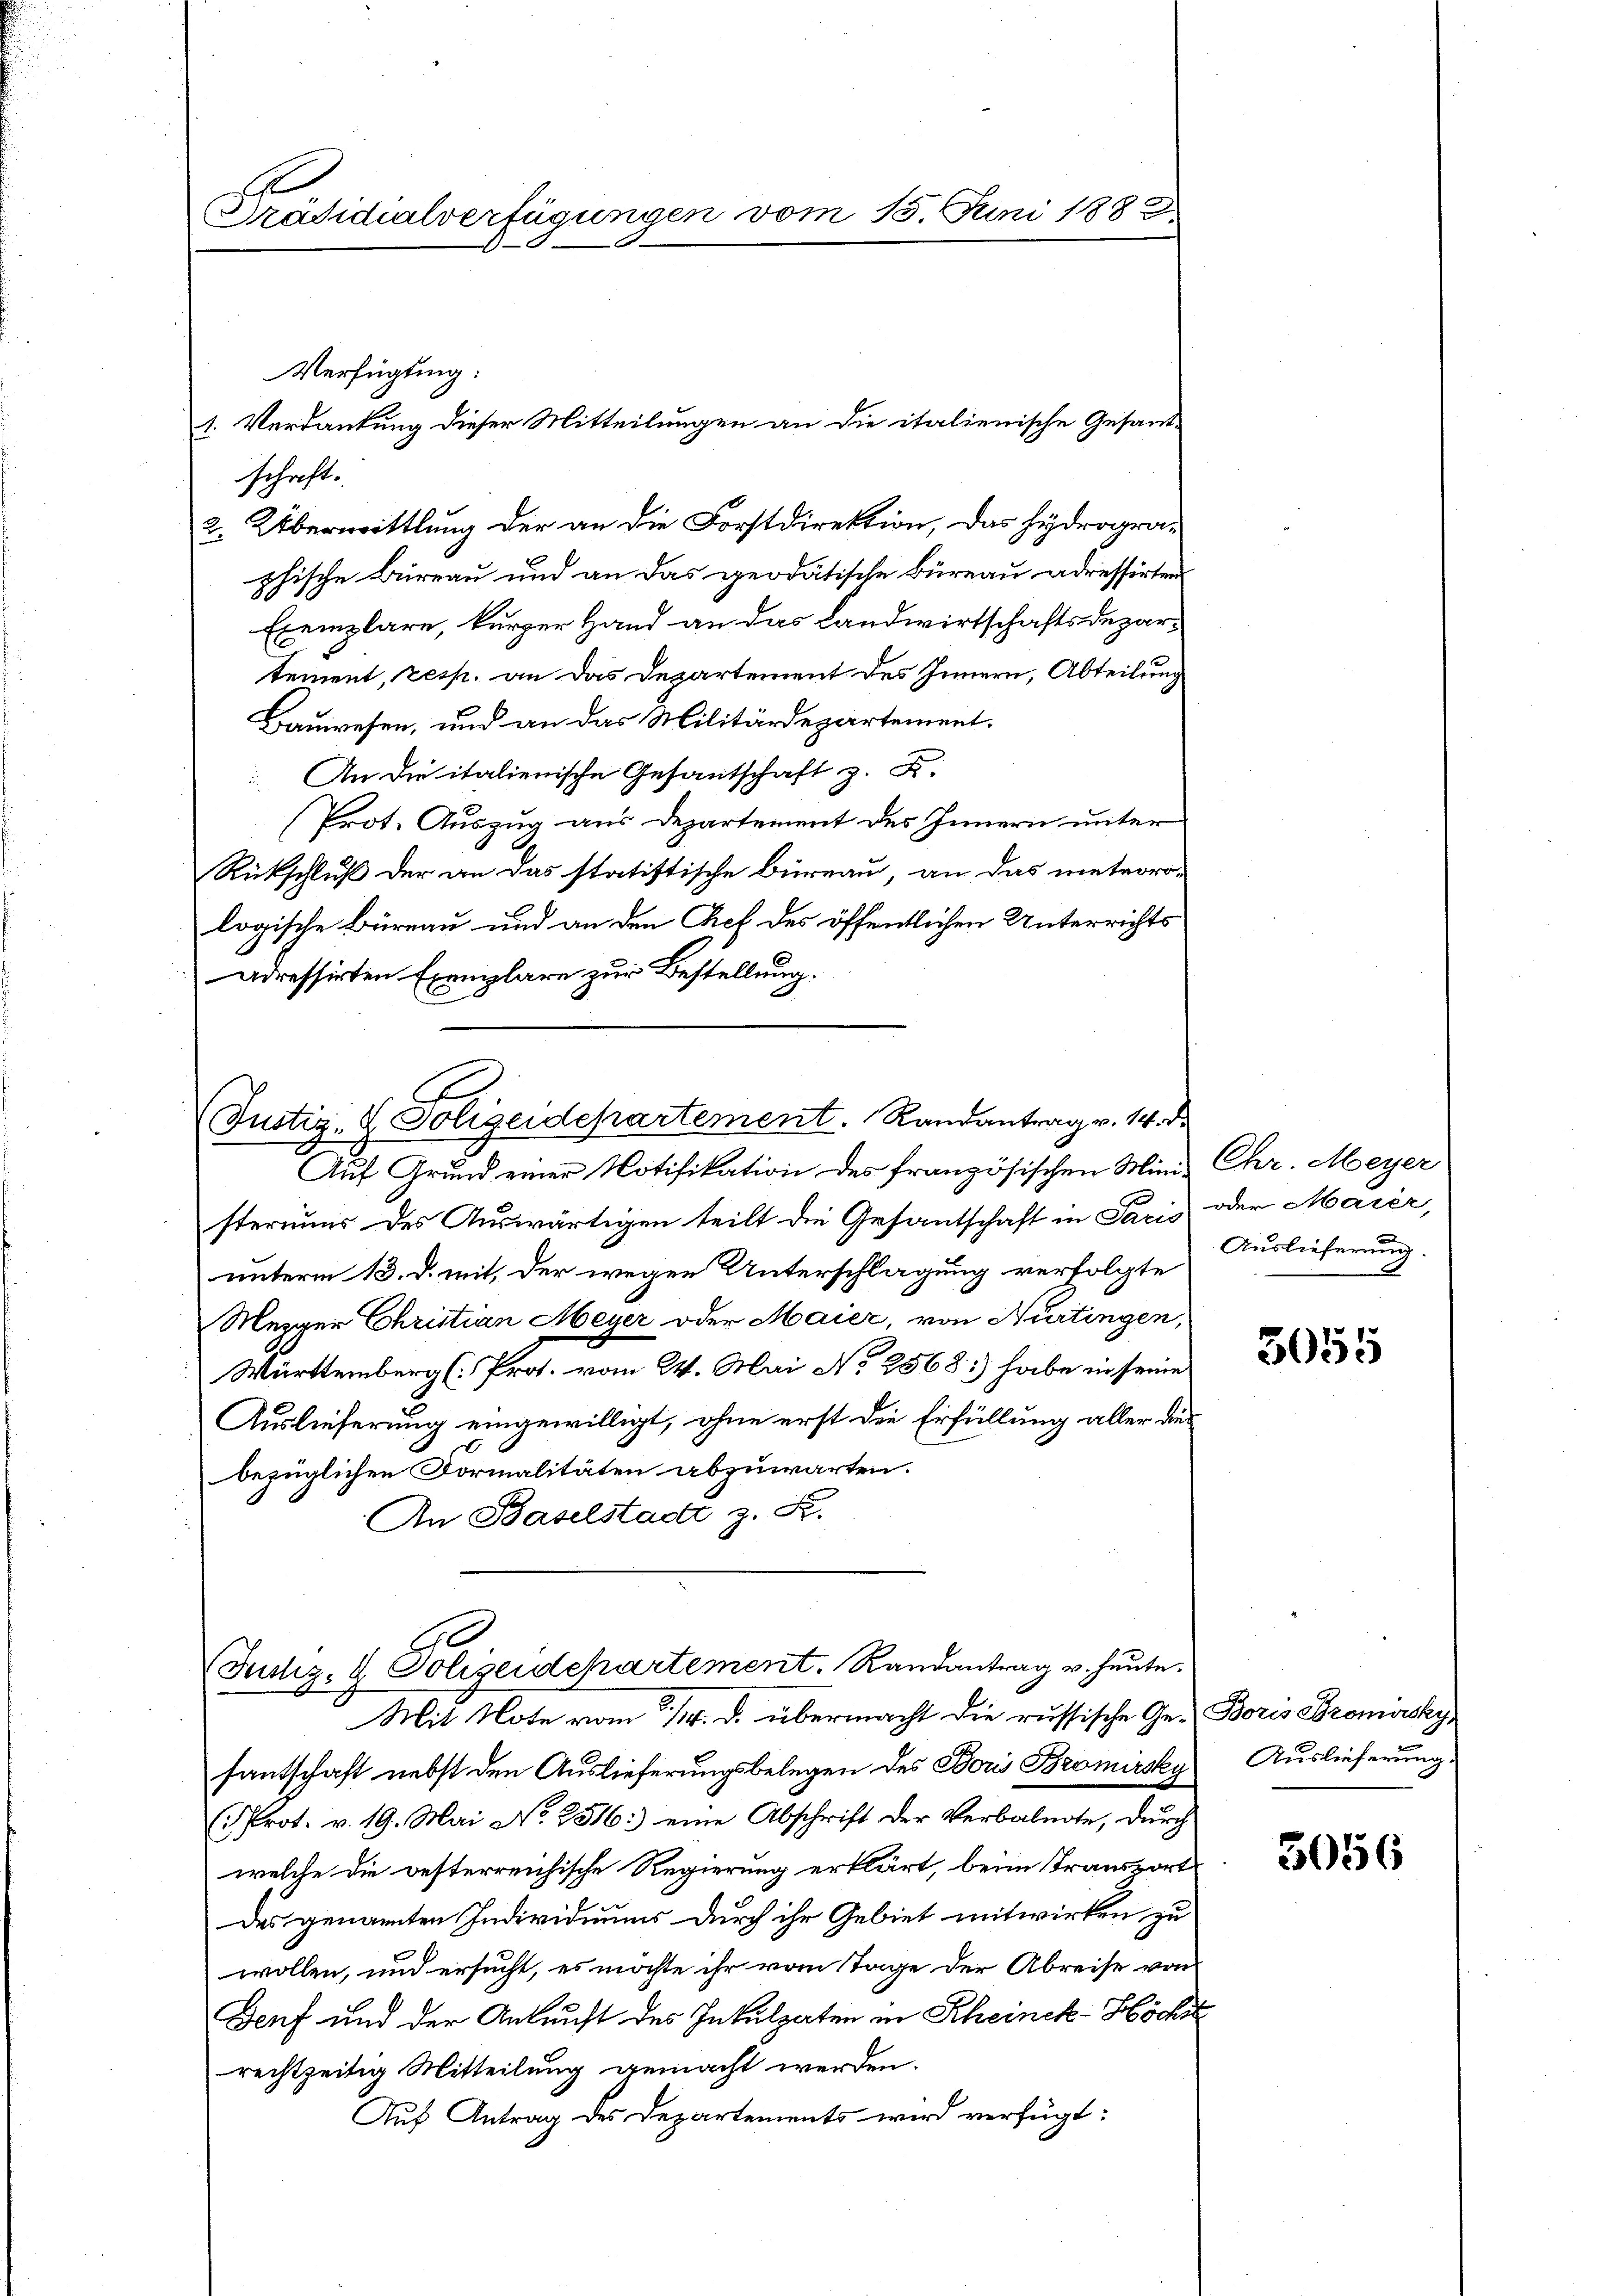
Präsidialverfügungen vom 15. Juni 1882.

Verfügung:
schaft.
2. Übermittlung der an die Forstdirektion, das Hydrogra-
phische Büreau und an das geodätische Büreau adressirten
Exemplare, kurzer Hand an das Landwirtschaftsdepartement, resp. an das Departement des Innern, Abteilung
Bauwesen, und an das Militärdepartement.
An die italienische Gesantschaft z. B.
Prot. Auszug aus Departement des Innern unter
Rückschluß der an das statistische Büreau, an das meteoro-
logische Büreau und an den Chef des öffentlichen Unterrichts
adressirten Exemplare zur Bestellung.

1. Verdankung dieser Mitteilungen an die italienische Gesand-

E
Justiz- & Polizeidepartement. Randantrag v. 14. d.
Auf Grund einer Notifikation des französischen Minis Chr. Meyer

steriums des Auswärtigen teilt die Gesantschaft in Pacis oder Maier,
unterm 13. d. mit der wegen Unterschlagung verfolgte
Mezger Christian Meyer oder Maier, von Nurtingen,
Württemberg (Prot. vom 24. Mai No 2568:) habe in seine
Auslieferung eingewilligt, ohne erst die Erfüllung aller dies
bezüglichen Formalitäten abzuwarten.
An Baselstadt z. S.

Mit Note vom 14. d. übermacht die russische Ge-Boris Bromissky,
santschaft nebst den Auslieferungsbelegen des Boris Bromirsky
(Prot. v. 19. Mai No 2516: eine Abschrift der Verbalnote, dŭrch
welche die besterreichische Regierung erklärt, beim Transport
des genannten Individuums durch ihr Gebiet mitwirken zu
wollen, und ersucht, es möchte ihr vom Tage der Abreise von
Genf und der Ankunft des Inkulpaten in Rheinek-Höchst
rechtzeitig Mitteilung gemacht werden.
Auf Antrag des Departements wird verfügt:

Justiz- & Polizeidchartement. Randantrag u. heute.

Auslieferung
.

3055

Auslieferung.

3056